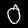
Label: 0